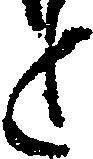
と